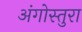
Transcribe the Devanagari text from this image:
अंगोस्तुरा